Annual returns of the Patna Lunatic Asylum at Bankipore in Bihar and Orissa - 1912-1924
Year: 1912
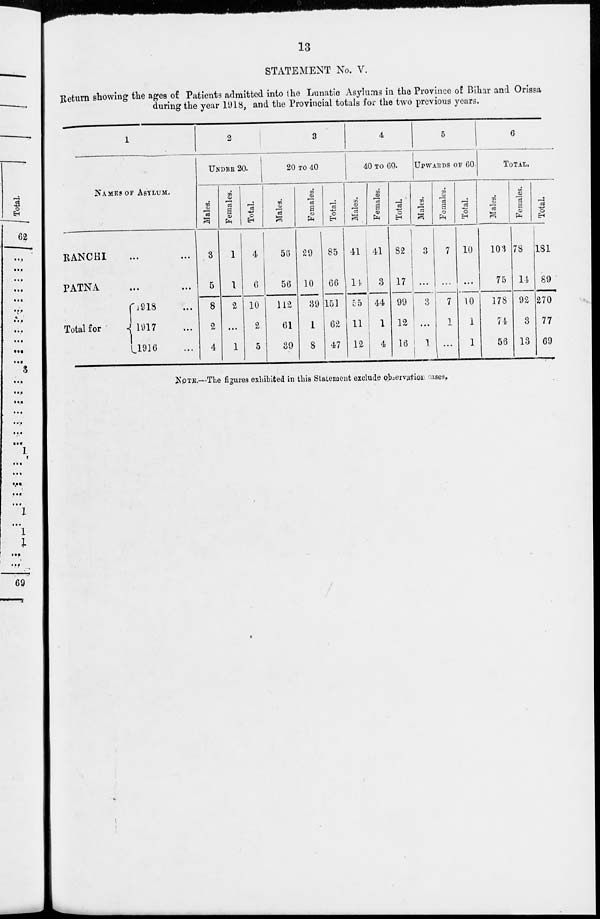
13
STATEMENT No. V.
Return showing the ages of Patients admitted into the Lunatic Asylums in the Province of Bihar and Orissa
during the year 1918, and the Provincial totals for the two previous years.
1
NAMES OF ASYLUM.
RANCHI ... ...
PATNA ... ...
Total for
1918 ...
1917 ...
1916 ...
2
UNDER 20.
Males.
3
5
8
2
4
Females.
1
1
2
...
1
Total.
4
6
10
2
5
3
20 TO 40
Males.
56
56
112
61
39
Females.
20
10
39
1
8
Total.
85
66
151
62
47
4
40 TO 60.
Males.
41
14
55
11
12
Females.
41
3
44
1
4
Total.
82
17
99
12
16
5
UPWARDS OF 60
Males.
3
...
3
...
1
Females.
7
...
7
1
...
Total.
10
...
10
1
1
6
TOTAL.
Males.
103
75
178
74
56
Females.
78
14
92
3
13
Total.
181
89
270
77
69
NOTE.—The figures exhibited in this Statement exclude observation cases.